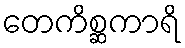
တေကိစ္ဆကာရိ